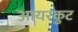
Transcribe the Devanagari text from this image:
आयरकुट